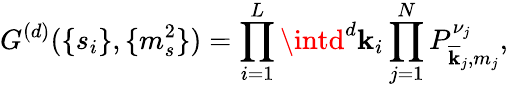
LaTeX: G^{(d)}(\{ s_{i}\} ,\{ m_{s}^{2}\} )=\prod_{i=1}^{L}\intd^{d}\mathbf{k}_{i}\prod_{j=1}^{N}P_{\overline{{{{\mathbf{k}}}}}_{j},m_{j}}^{\nu_{j}},